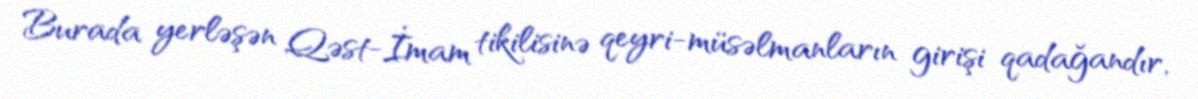
Burada yerləşən Qəst-İmam tikilisinə qeyri-müsəlmanların girişi qadağandır,